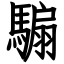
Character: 騸